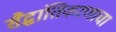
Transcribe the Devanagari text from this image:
सैद्धांतिकरणाचा